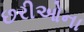
છરીઓના